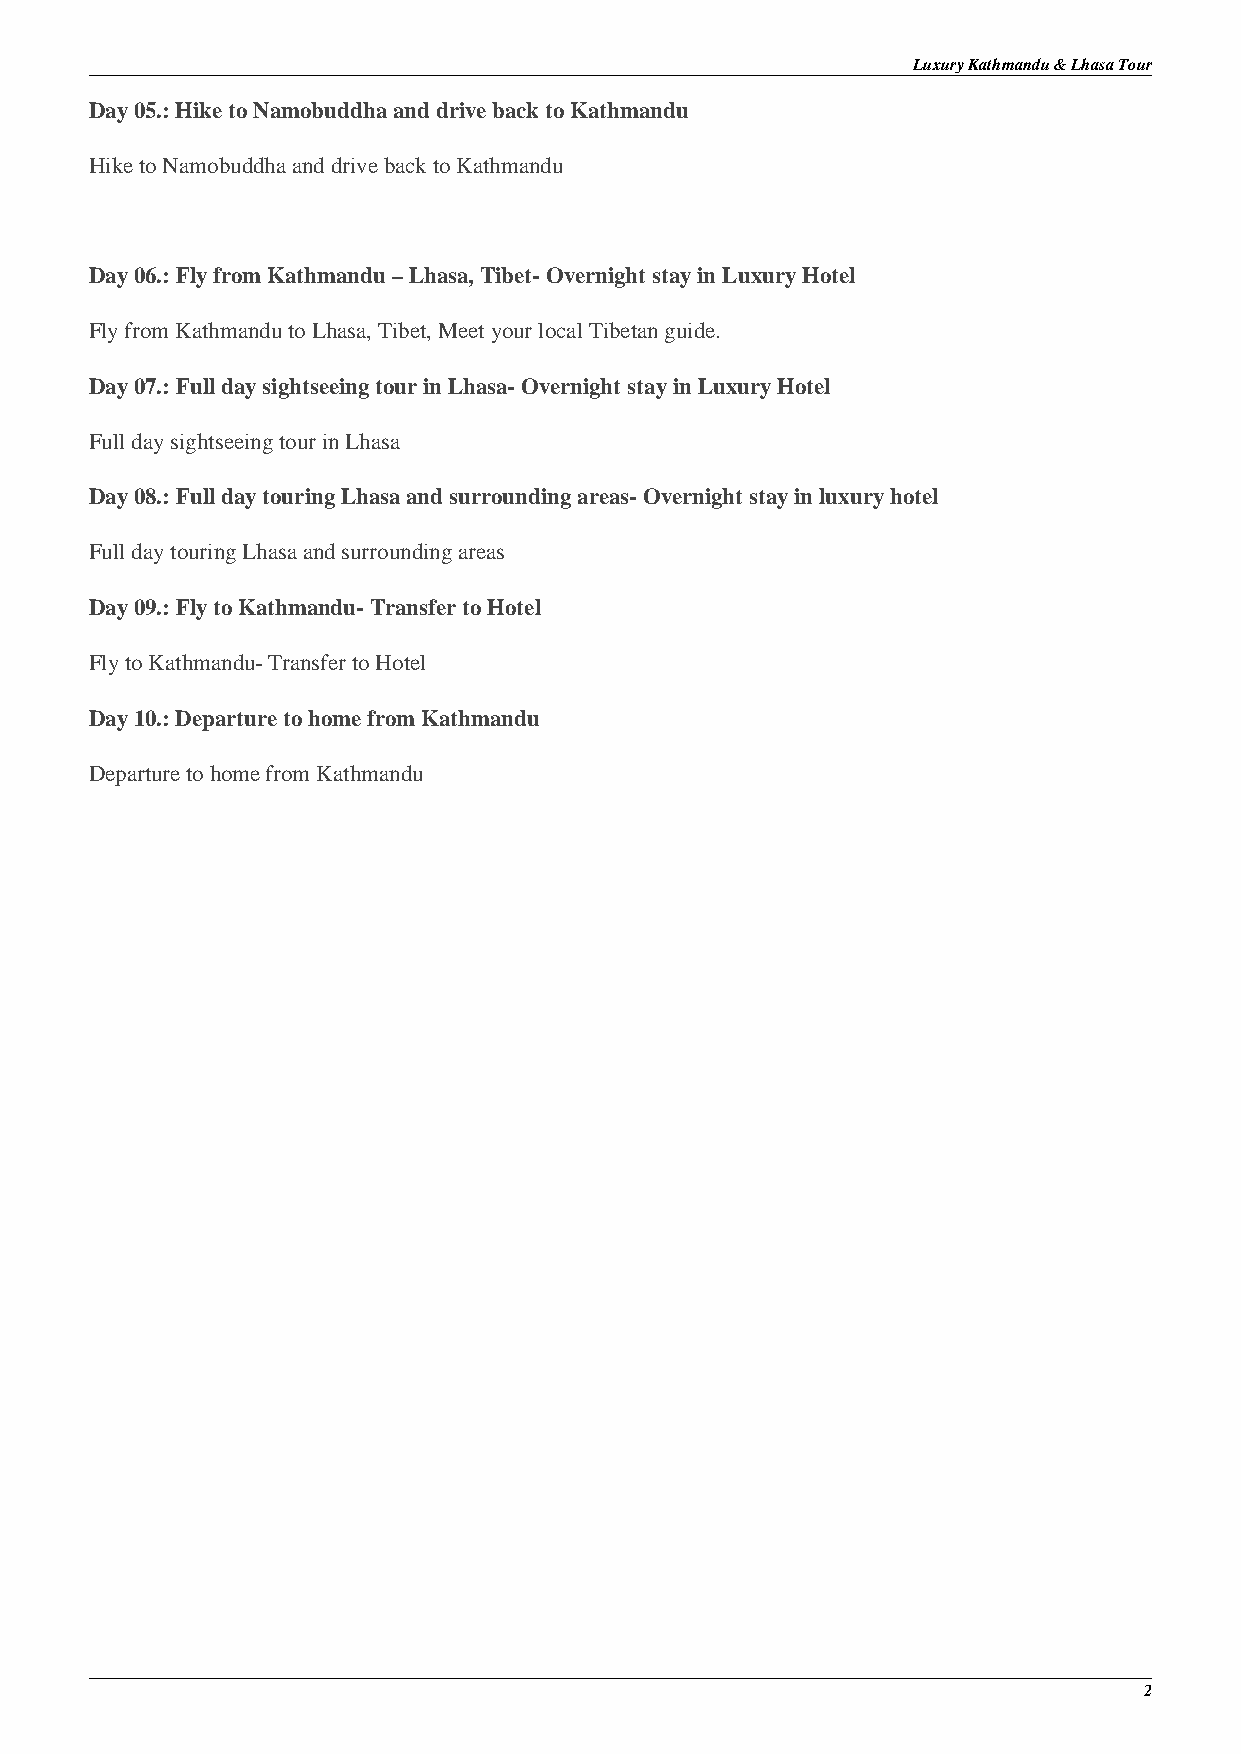
Luxury Kathmandu & Lhasa Tour
 Day 05.: Hike to Namobuddha and drive back to Kathmandu
 Hike to Namobuddha and drive back to Kathmandu
 Day 06.: Fly from Kathmandu – Lhasa, Tibet- Overnight stay in Luxury Hotel
 Fly from Kathmandu to Lhasa, Tibet, Meet your local Tibetan guide.
 Day 07.: Full day sightseeing tour in Lhasa- Overnight stay in Luxury Hotel
 Full day sightseeing tour in Lhasa
 Day 08.: Full day touring Lhasa and surrounding areas- Overnight stay in luxury hotel
 Full day touring Lhasa and surrounding areas
 Day 09.: Fly to Kathmandu- Transfer to Hotel
 Fly to Kathmandu- Transfer to Hotel
 Day 10.: Departure to home from Kathmandu
 Departure to home from Kathmandu
 2